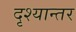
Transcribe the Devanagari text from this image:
दृश्यान्तर